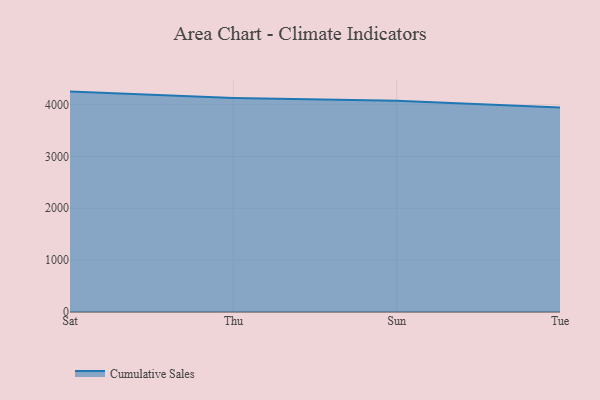
{"axis": {"x": "Day", "y": "Gross Profit (USD K)"}, "legend": ["Cumulative Sales"], "data": [{"x": "Sat", "y": 4250.2, "type": "Cumulative Sales"}, {"x": "Thu", "y": 4128.7, "type": "Cumulative Sales"}, {"x": "Sun", "y": 4074.6, "type": "Cumulative Sales"}, {"x": "Tue", "y": 3945.5, "type": "Cumulative Sales"}]}